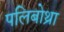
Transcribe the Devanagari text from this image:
पलिबोथ्रा